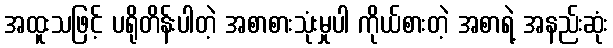
အထူးသဖြင့် ပရိုတိန်းပါတဲ့ အစာစားသုံးမှုပါ ကိုယ်စားတဲ့ အစာရဲ့ အနည်းဆုံး